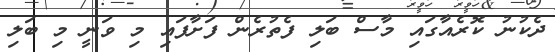
ދެކުނު ކޮރެއާގައި މާސް ބަލި ފެތުރެން ފަށާފައި މި ވަނީ މި ބަލި